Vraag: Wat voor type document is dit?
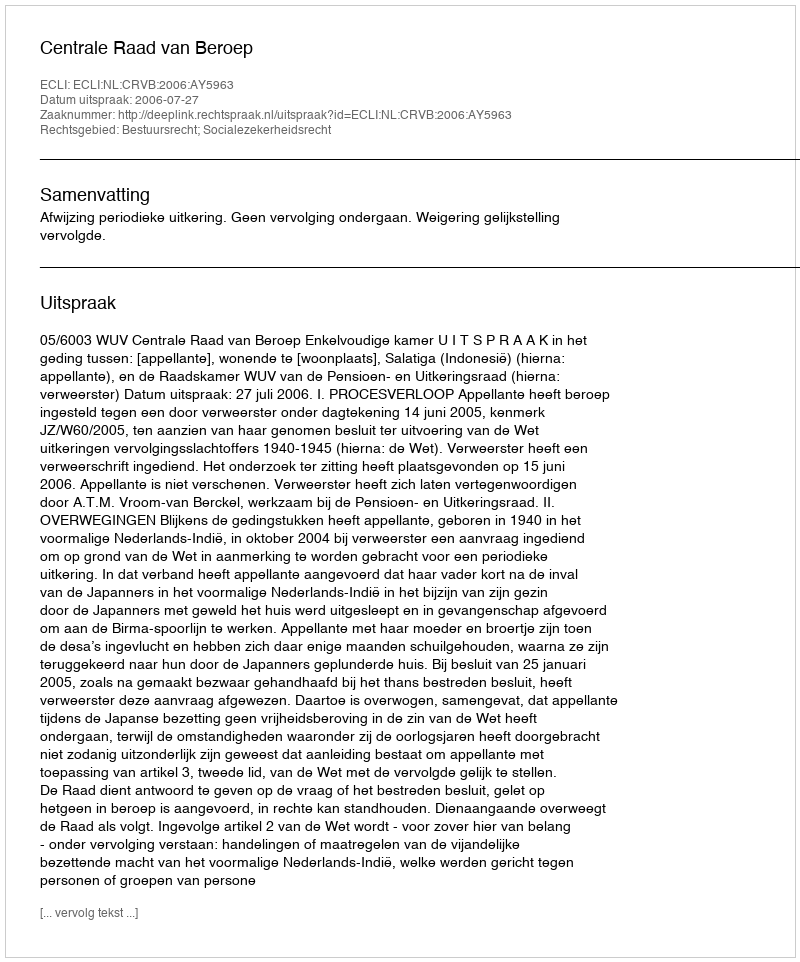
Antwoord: Uitspraak